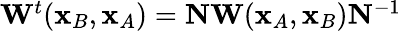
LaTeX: \begin{array}{r}{{\mathbf W}^{t}({\mathbf x}_{B},{\mathbf x}_{A})={\mathbf N}{\mathbf W}({\mathbf x}_{A},{\mathbf x}_{B}){\mathbf N}^{-1}}\end{array}